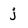
Character: j